Medical and sanitary report on the native army of Bombay for the year
Year: 1879
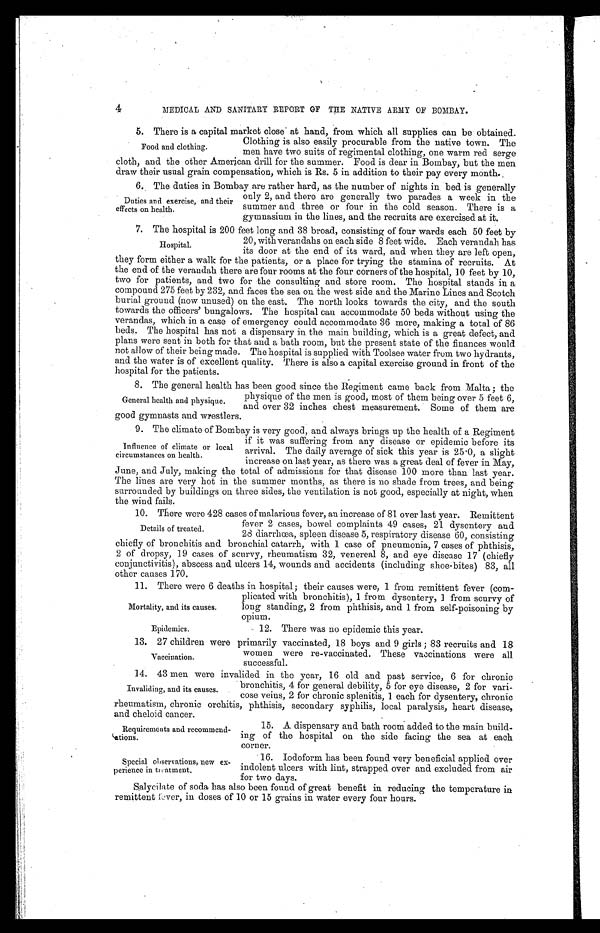
Requirements and recommend-
ations
Special observations, new ex-
perience in treatment.
4
MEDICAL AND SANITARY REPORT OF THE NATIVE ARMY OF BOMBAY.
5. There is a capital market close at hand, from which all supplies can be obtained.
Clothing is also easily procurable from the native town. The
men have two suits of regimental clothing, one warm red serge
cloth, and the other American drill for the summer. Food is dear in Bombay, but the men
draw their usual grain compensation, which is Rs. 5 in addition to their pay every month..
6. The duties in Bombay are rather hard, as the number of nights in bed is generally
only 2, and there are generally two parades a week in the
summer and .three or four in the cold season. There is a
gymnasium in the lines, and the recruits are exercised at it.
7. The hospital is 200 feet long and 38 broad, consisting of four wards each 50 feet by
20, with verandahs on each side 8 feet wide. Each verandah has
its door at the end of its ward, and when they are left open,
they form either a walk for the patients, or a place for trying the stamina of recruits. At
the end of the verandah there are four rooms at the four corners of the hospital, 10 feet by 10,
two for patients, and two for the consulting and store room. The hospital stands in a
compound 275 feet by 232, and faces the sea on the west side and the Marine Lines and Scotch
burial ground (now unused) on the east. The north looks towards the city, and the south
towards the officers' bungalows. The hospital can accommodate 50 beds without using the
verandas, which in a case of emergency could accommodate 36 more, making a total of 86
beds. The hospital has not a dispensary in the main building, which is a great defect, and
plans were sent in both for that and a bath room, but the present state of the finances would
not allow of their being made. The hospital is supplied with Toolsee water from two hydrants,
and the water is of excellent quality. There is also a capital exercise ground in front of the
hospital for the patients.
8. The general health has been good since the Regiment came back from Malta; the
physique of the men is good, most of them being over 5 feet 6,
and over 32 inches chest measurement. Some of them are
good gymnasts and wrestlers.
9. The climate of Bombay is very good, and always brings up the health of a Regiment
if it was suffering from any disease or epidemic before its
arrival. The daily average of sick this year is 25 . 0, a slight
increase on last year, as there was a great deal of fever in May,
June, and July, making the total of admissions for that disease 100 more than last year.
The lines are very hot in the summer months, as there is no shade from trees, and being
surrounded by buildings on three sides, the ventilation is not good, especially at night, when
the wind fails.
10. There were 428 cases of malarious fever, an increase of 81 over last year. Remittent
fever 2 cases, bowel complaints 49 cases, 21 dysentery and
28 diarrhœa, spleen disease 5, respiratory disease 60, consisting
chiefly of bronchitis and bronchial catarrh, with 1 case of pneumonia, 7 cases of phthisis,
2 of dropsy, 19 cases of scurvy, rheumatism 32, venereal 8, and eye disease 17 (chiefly
conjunctivitis), abscess and ulcers 14, wounds and accidents (including shoe-bites) 83, all
other causes 170.
11. There were 6 deaths in hospital; their causes were, 1 from remittent fever (com-
plicated with bronchitis), 1 from dysentery, 1 from scurvy of
long standing, 2 from phthisis, and 1 from self-poisoning by
opium.
Food and clothing.
Duties and exercise, and their
effects on health.
H o s p i t a l .
General health and physique.
Influence of climate or local
circumstances on health.
Details of treated.
Mortality, and its causes.
Epidemics.
12. There was no epidemic this year.
13. 27 children were primarily vaccinated, 18 boys and 9 girls ; 83 recruits and 18
women were re-vaccinated. These vaccinations were all
successful.
14. 43 men were invalided in the year, 16 old and past service, 6 for chronic
bronchitis, 4 for general debility, 5 for eye disease, 2 for vari-
cose veins, 2 for chronic splenitis, 1 each for dysentery, chronic
rheumatism, chronic orchitis, phthisis, secondary syphilis, local paralysis, heart disease,
and cheloid cancer.
Vaccination.
Invaliding, and its causes.
15. A dispensary and bath room added to the main build-
ing of the hospital on the side facing the sea at each
corner.
16. lodoform has been found very beneficial applied over
indolent ulcers with lint, strapped over and excluded from air
for two days.
Salycilate of soda has also been found of great benefit in reducing the temperature in
remittent fever, in doses of 10 or 15 grains in water every four hours.